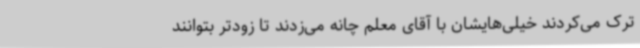
ترک می‌کردند خیلی‌هایشان با آقای معلم چانه می‌زدند تا زودتر بتوانند